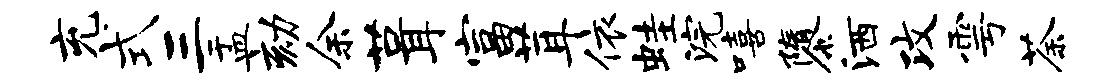
充式三盂劾余葺富茸依蛙浣嘻隳洒攻雩荼